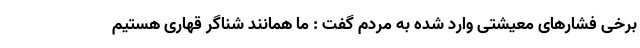
برخی فشارهای معیشتی وارد شده به مردم گفت : ما همانند شناگر قهاری هستیم